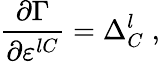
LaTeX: \frac{\partial\Gamma}{\partial\varepsilon^{lC}}=\Delta_{C}^{l}\; ,